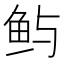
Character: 𫚈